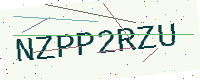
Text: NZPP2RZU